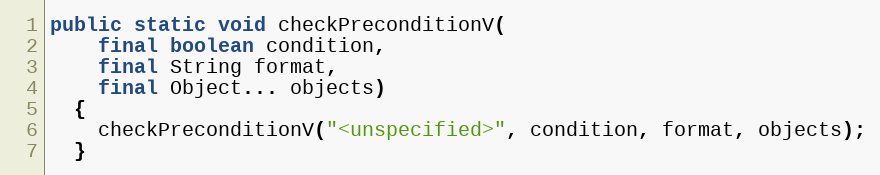
Language: Java
public static void checkPreconditionV(
    final boolean condition,
    final String format,
    final Object... objects)
  {
    checkPreconditionV("<unspecified>", condition, format, objects);
  }